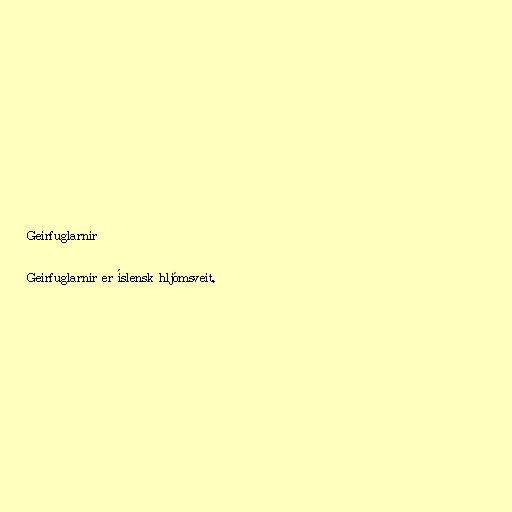
Geirfuglarnir

Geirfuglarnir er íslensk hljómsveit.